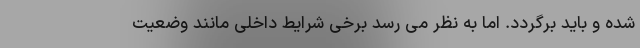
شده و باید برگردد. اما به نظر می رسد برخی شرایط داخلی مانند وضعیت